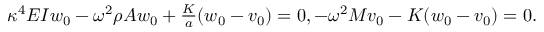
\begin{array} { r } { \kappa ^ { 4 } E I w _ { 0 } - \omega ^ { 2 } \rho A w _ { 0 } + \frac { K } { a } ( w _ { 0 } - v _ { 0 } ) = 0 , - \omega ^ { 2 } M v _ { 0 } - K ( w _ { 0 } - v _ { 0 } ) = 0 . } \end{array}